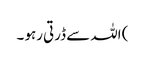
) اللہ سے ڈرتی رہو ۔